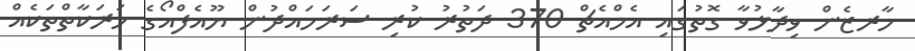
ހާރޒެން ވިދާޅުވާ ގޮތުގައި އެމްއެޗް 370 ދަތުރު ކުރި ސަރަހައްދުން ޔޫއެފްއޯގެ ހަރަކާތްތަކެއް